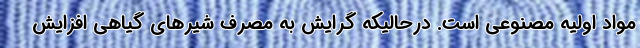
مواد اولیه مصنوعی است. درحالیکه گرایش به مصرف شیر‌های گیاهی افزایش